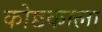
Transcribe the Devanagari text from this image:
कोष्टकाला